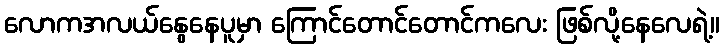
လောကအလယ်နွေနေပူမှာ ကြောင်တောင်တောင်ကလေး ဖြစ်လို့နေလေရဲ့။